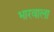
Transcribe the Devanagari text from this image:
भारवाला